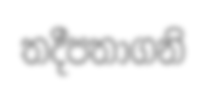
තදීපතාගනි